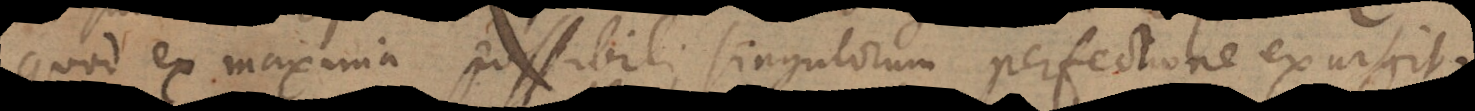
quod ex maxima possibili singulorum perfectione exurgit.